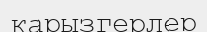
қарызгерлер